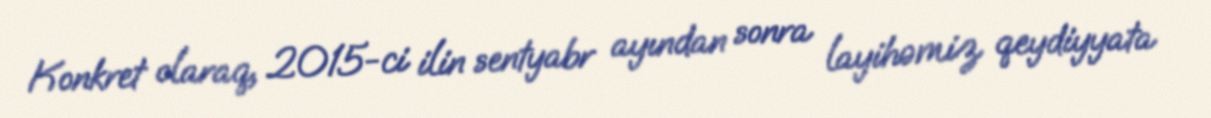
Konkret olaraq, 2015-ci ilin sentyabr ayından sonra layihəmiz qeydiyyata